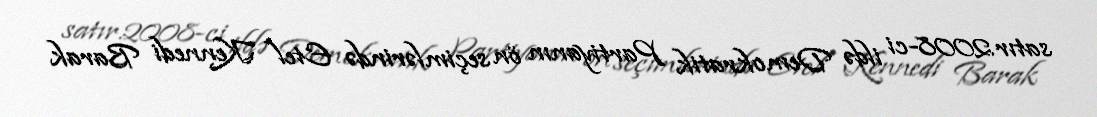
satır.2008-ci ildə Demokratik Partiyanın ön seçimlərində Etel Kennedi Barak